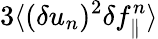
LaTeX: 3\langle{(\delta u_{n})^{2}\delta f_{\parallel}^{n}}\rangle